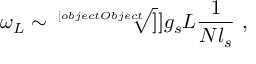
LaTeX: \omega _ { L } \sim \sqrt [ [object Object] ] ] { g _ { s } L } { \frac { 1 } { N l _ { s } } } ~ ,